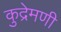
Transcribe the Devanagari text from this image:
कुद्रेमणी